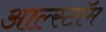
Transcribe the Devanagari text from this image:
आल्स्टॉम